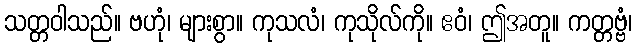
သတ္တဝါသည်။ ဗဟုံ၊ များစွာ။ ကုသလံ၊ ကုသိုလ်ကို။ ဧဝံ၊ ဤအတူ။ ကတ္တဗ္ဗံ၊